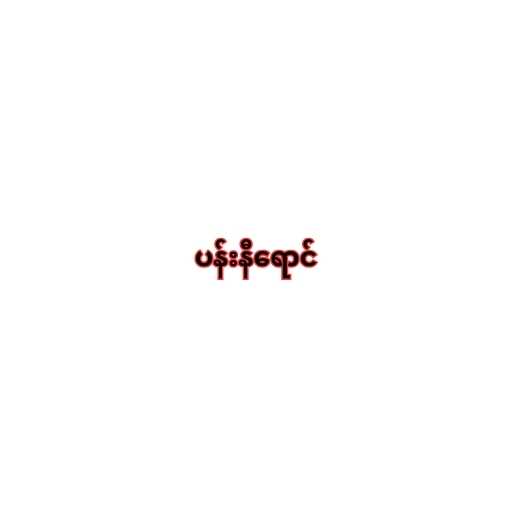
ပန်းနီရောင်